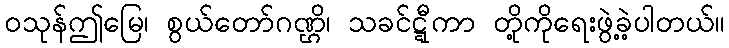
ဝသုန်ဤမြေ၊ စွယ်တော်ဂဏ္ဌိ၊ သခင်ဋ္ဋီကာ တို့ကိုရေးဖွဲ့ခဲ့ပါတယ်။